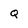
Character: Q